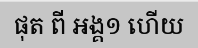
ផុត ពី អង្គ១ ហើយ